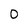
Character: 0